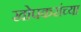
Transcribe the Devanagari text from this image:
खोपकरांच्या